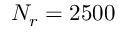
N _ { r } = 2 5 0 0